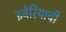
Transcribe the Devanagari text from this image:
इबेरियाची